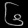
Digit: ၆